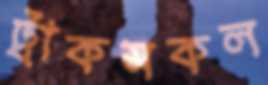
ট্রাকসকল